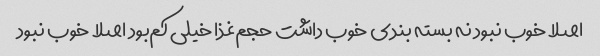
اصلا خوب نبود نه بسته بندی خوب داشت حجم‌غذا خیلی کم‌بود اصلا خوب نبود